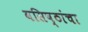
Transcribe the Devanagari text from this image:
वसिष्ठांचा